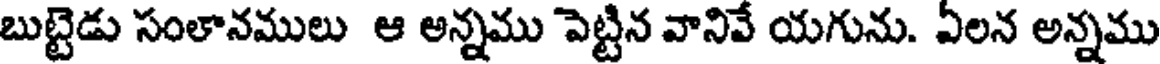
బుట్టెడు సంలానములు ఆ అన్నము పెట్టిన వానివే యగును. ఏలన అన్నము